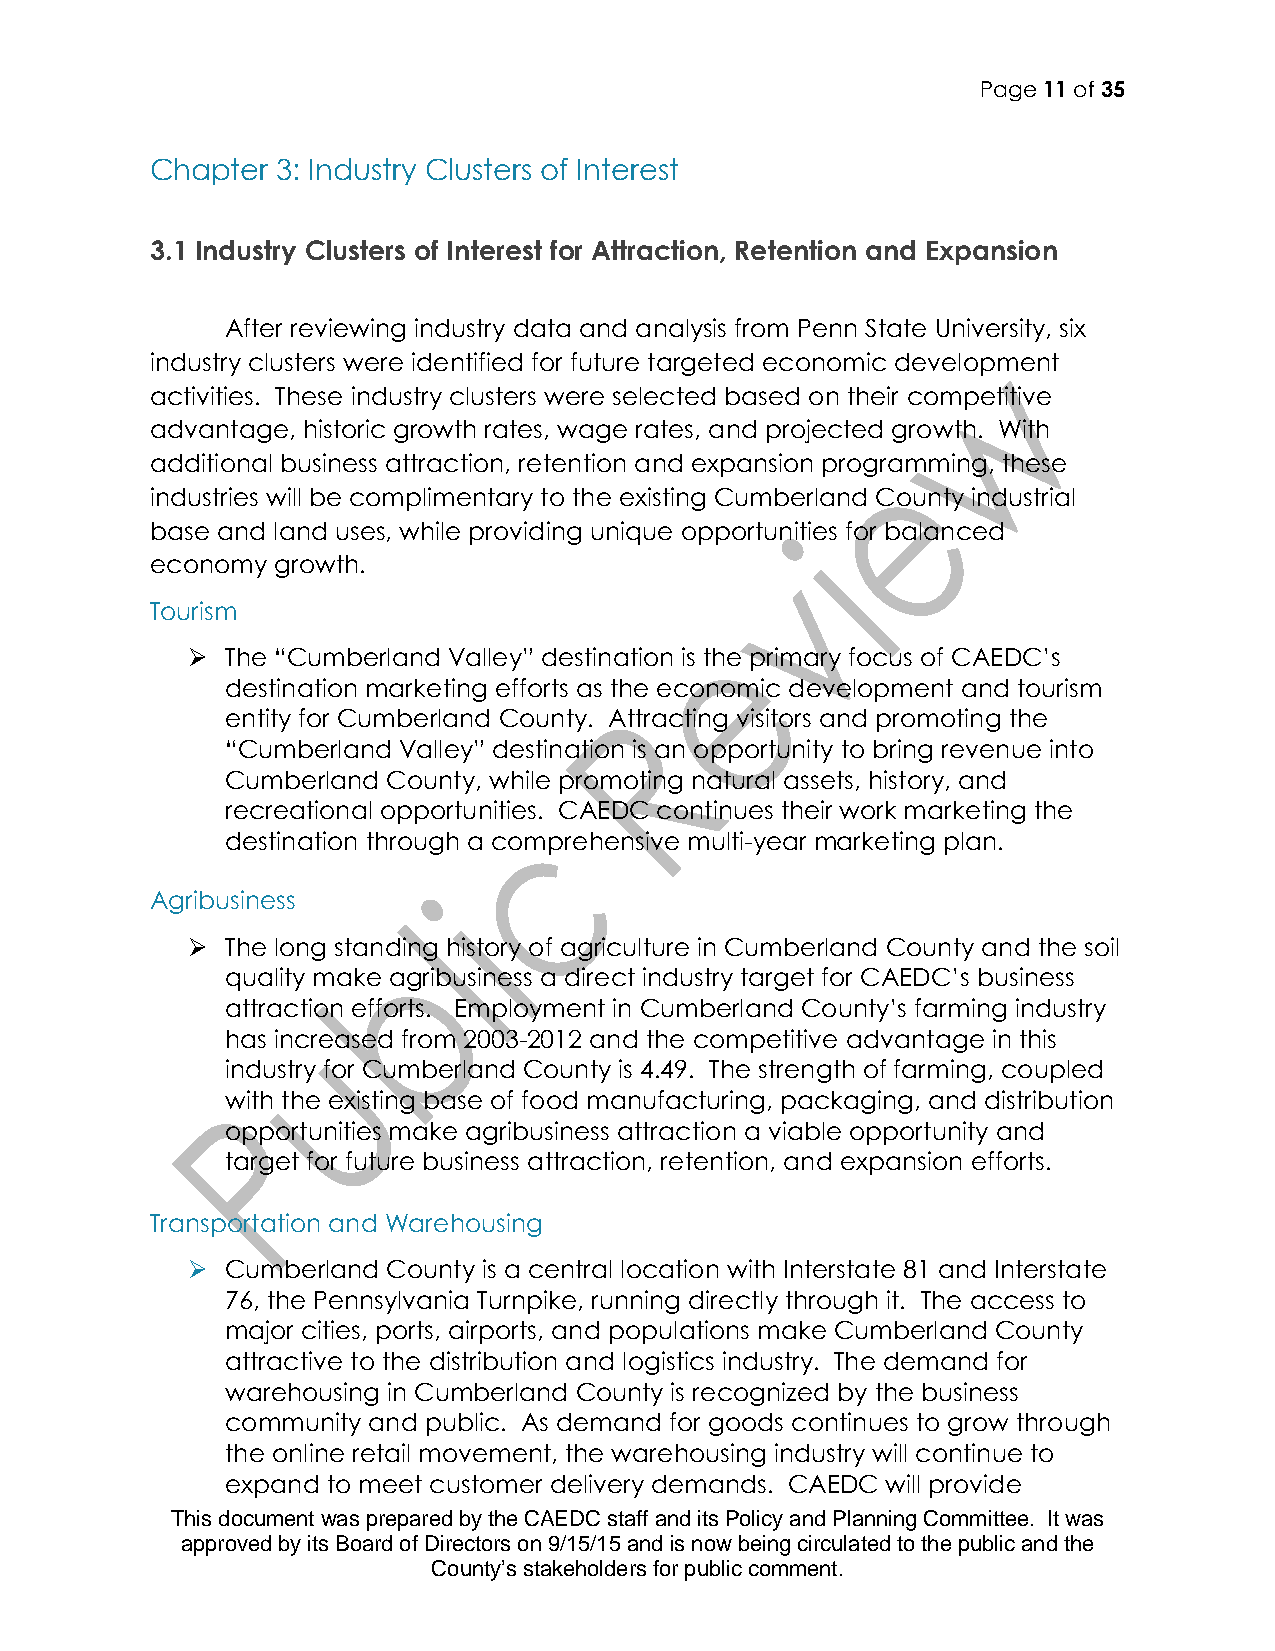
Page 11 of 35
 Chapter 3: Industry Clusters of Interest
 3.1 Industry Clusters of Interest for Attraction, Retention and Expansion
 After reviewing industry data and analysis from Penn State University, six
 industry clusters were identified for future targeted economic development
 activities. These industry clusters were selected based on their competitive
 advantage, historic growth rates, wage rates, and projected growth. With
 additional business attraction, retention and expansion programming, these
 industries will be complimentary to the existing Cumberland County industrial
 base and land uses, while providing unique opportunities for balanced
 economy growth.
 Tourism
   The “Cumberland Valley” destination is the primary focus of CAEDC’s
 destination marketing efforts as the economic development and tourism
 entity for Cumberland County. Attracting visitors and promoting the
 “Cumberland Valley” destination is an opportunity to bring revenue into
 Cumberland County, while promoting natural assets, history, and
 recreational opportunities. CAEDC continues their work marketing the
 destination through a comprehensive multi-year marketing plan.
 Agribusiness
   The long standing history of agriculture in Cumberland County and the soil
 quality make agribusiness a direct industry target for CAEDC’s business
 attraction efforts. Employment in Cumberland County’s farming industry
 has increased from 2003-2012 and the competitive advantage in this
 industry for Cumberland County is 4.49. The strength of farming, coupled
 with the existing base of food manufacturing, packaging, and distribution
 opportunities make agribusiness attraction a viable opportunity and
 target for future business attraction, retention, and expansion efforts.
 Transportation and Warehousing
   Cumberland County is a central location with Interstate 81 and Interstate
 76, the Pennsylvania Turnpike, running directly through it. The access to
 major cities, ports, airports, and populations make Cumberland County
 attractive to the distribution and logistics industry. The demand for
 warehousing in Cumberland County is recognized by the business
 community and public. As demand for goods continues to grow through
 the online retail movement, the warehousing industry will continue to
 expand to meet customer delivery demands. CAEDC will provide
 This document was prepared by the CAEDC staff and its Policy and Planning Committee. It was
 approved by its Board of Directors on 9/15/15 and is now being circulated to the public and the
 County’s stakeholders for public comment.